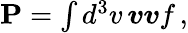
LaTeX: \begin{array}{r}{\textbf{P}=\int d^{3}v\, \boldsymbol{v}\boldsymbol{v}f\, ,}\end{array}